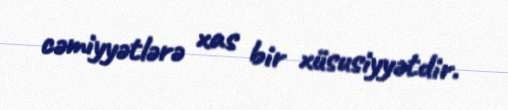
cəmiyyətlərə xas bir xüsusiyyətdir.